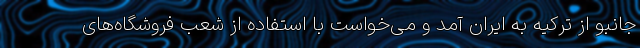
جانبو از ترکیه به ایران آمد و می‌خواست با استفاده از شعب فروشگاه‌های